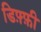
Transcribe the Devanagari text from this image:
डिफ़्फ़ी